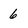
Character: 6